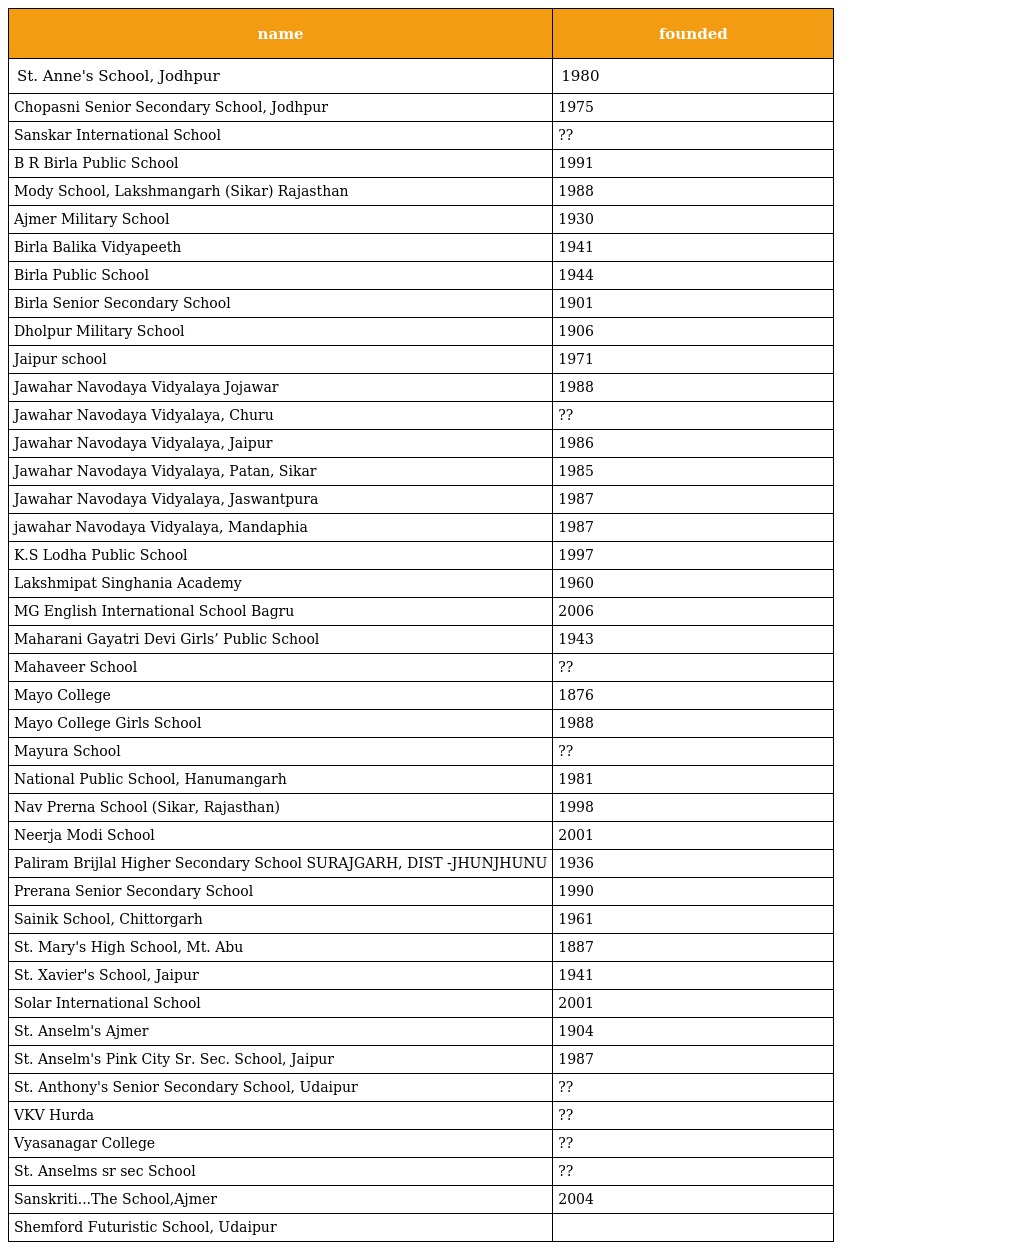
| name | founded |
 | --- | --- |
 | St. Anne's School, Jodhpur | 1980 |
 | Chopasni Senior Secondary School, Jodhpur | 1975 |
 | Sanskar International School | ?? |
 | B R Birla Public School | 1991 |
 | Mody School, Lakshmangarh (Sikar) Rajasthan | 1988 |
 | Ajmer Military School | 1930 |
 | Birla Balika Vidyapeeth | 1941 |
 | Birla Public School | 1944 |
 | Birla Senior Secondary School | 1901 |
 | Dholpur Military School | 1906 |
 | Jaipur school | 1971 |
 | Jawahar Navodaya Vidyalaya Jojawar | 1988 |
 | Jawahar Navodaya Vidyalaya, Churu | ?? |
 | Jawahar Navodaya Vidyalaya, Jaipur | 1986 |
 | Jawahar Navodaya Vidyalaya, Patan, Sikar | 1985 |
 | Jawahar Navodaya Vidyalaya, Jaswantpura | 1987 |
 | jawahar Navodaya Vidyalaya, Mandaphia | 1987 |
 | K.S Lodha Public School | 1997 |
 | Lakshmipat Singhania Academy | 1960 |
 | MG English International School Bagru | 2006 |
 | Maharani Gayatri Devi Girls’ Public School | 1943 |
 | Mahaveer School | ?? |
 | Mayo College | 1876 |
 | Mayo College Girls School | 1988 |
 | Mayura School | ?? |
 | National Public School, Hanumangarh | 1981 |
 | Nav Prerna School (Sikar, Rajasthan) | 1998 |
 | Neerja Modi School | 2001 |
 | Paliram Brijlal Higher Secondary School SURAJGARH, DIST -JHUNJHUNU | 1936 |
 | Prerana Senior Secondary School | 1990 |
 | Sainik School, Chittorgarh | 1961 |
 | St. Mary's High School, Mt. Abu | 1887 |
 | St. Xavier's School, Jaipur | 1941 |
 | Solar International School | 2001 |
 | St. Anselm's Ajmer | 1904 |
 | St. Anselm's Pink City Sr. Sec. School, Jaipur | 1987 |
 | St. Anthony's Senior Secondary School, Udaipur | ?? |
 | VKV Hurda | ?? |
 | Vyasanagar College | ?? |
 | St. Anselms sr sec School | ?? |
 | Sanskriti...The School,Ajmer | 2004 |
 | Shemford Futuristic School, Udaipur |  |